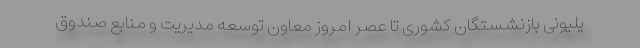
یلیونی بازنشستگان کشوری تا عصر امروز معاون توسعه مدیریت و منابع صندوق